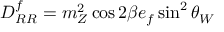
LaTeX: D _ { R R } ^ { f } = m _ { Z } ^ { 2 } \cos 2 \beta e _ { f } \sin ^ { 2 } \theta _ { W }